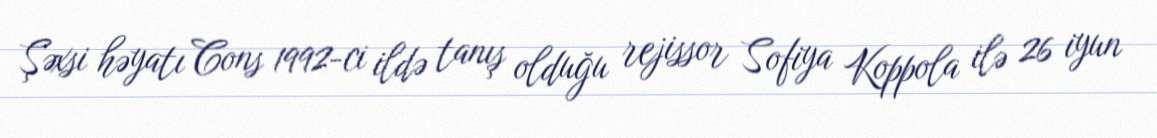
Şəxsi həyatı Cons 1992-ci ildə tanış olduğu rejissor Sofiya Koppola ilə 26 iyun